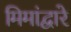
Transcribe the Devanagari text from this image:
मिमांद्वारे